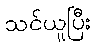
သင်ယူပြီး